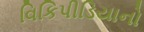
વિકિપીડિયાનો